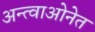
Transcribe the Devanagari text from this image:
अन्त्वाओनेत